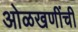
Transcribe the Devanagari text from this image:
ओळखणींची